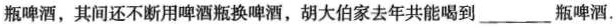
瓶啤酒，其间还不断用啤酒瓶换啤酒，胡大伯家去年共能喝到\___瓶啤酒。